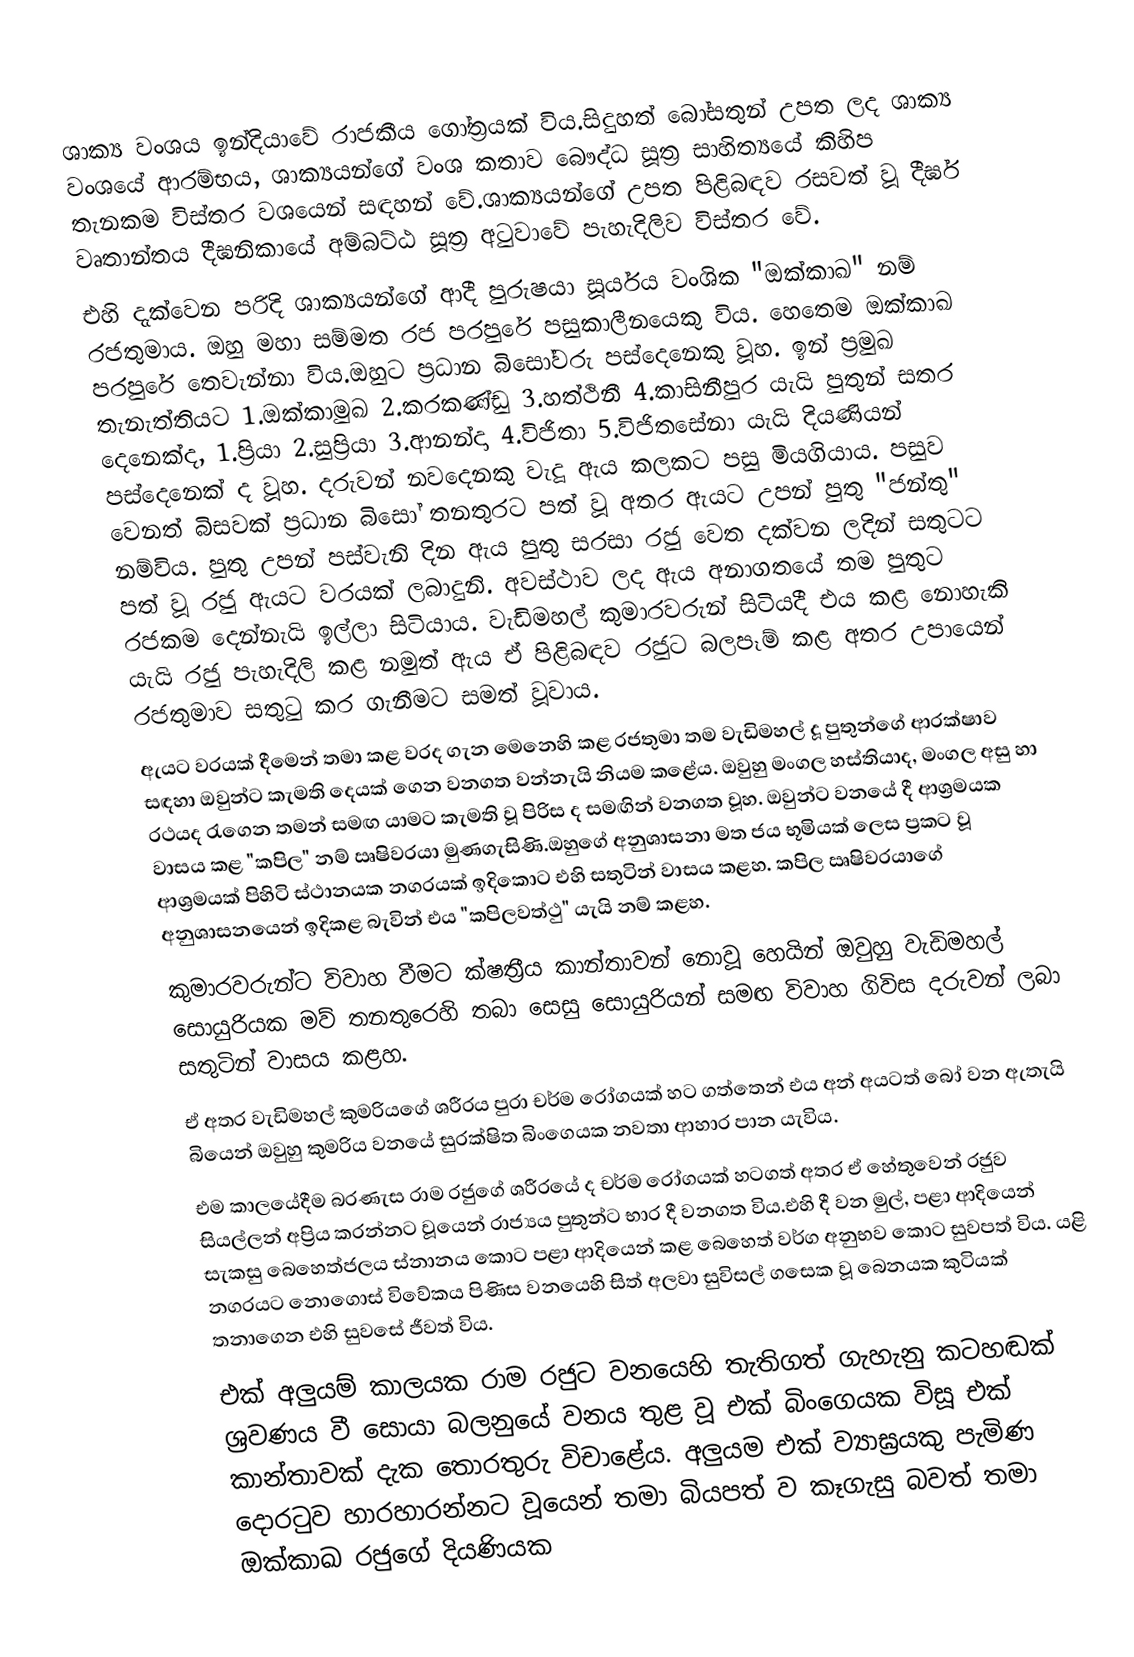
ශාක්‍ය වංශය ඉන්දියාවේ රාජකීය ගෝත්‍රයක් විය.සිදුහත් බෝසතුන් උපත ලද ශාක්‍ය වංශයේ ආරම්භය, ශාක්‍යයන්ගේ වංශ කතාව බෞද්ධ සූත්‍ර සාහිත්‍යයේ කිහිප තැනකම විස්‍තර වශයෙන් සඳහන් වේ.ශාක්‍යයන්ගේ උපත පිළිබඳව රසවත් වූ දීර්ඝ වෘතාන්තය දීඝනිකායේ අම්බට්ඨ සූත්‍ර අටුවාවේ පැහැදිලිව විස්තර වේ.
එහි දැක්වෙන පරිදි ශාක්‍යයන්ගේ ආදී පුරුෂයා සූර්යය වංශික "ඔක්කාඛ" නම් රජතුමාය. ඔහු මහා සම්මත රජ පරපුරේ පසුකාලීනයෙකු විය. හෙතෙම ඔක්කාඛ පරපුරේ තෙවැන්නා විය.ඔහුට ප්‍රධාන බිසෝවරු පස්දෙනෙකු වූහ. ඉන් ප්‍රමුඛ තැනැත්තියට 1.ඔක්කාමුඛ 2.කරකණ්ඩු 3.හත්ථිනී 4.කාසිනීපුර යැයි පුතුන් සතර දෙනෙක්ද, 1.ප්‍රියා 2.සුප්‍රියා 3.ආනන්දා 4.විජිතා 5.විජිතසේනා යැයි දියණියන් පස්දෙනෙක් ද වූහ. දරුවන් නවදෙනකු වැදූ ඇය කලකට පසු මියගියාය. පසුව වෙනත් බිසවක් ප්‍රධාන බිසෝ තනතුරට පත් වූ අතර ඇයට උපන් පුතු "ජන්තු" නම්විය. පුතු උපන් පස්වැනි දින ඇය පුතු සරසා රජු වෙත දක්වන ලදින් සතුටට පත් වූ රජු ඇයට වරයක් ලබාදුනි. අවස්ථාව ලද ඇය අනාගතයේ තම පුතුට රජකම දෙන්නැයි ඉල්ලා සිටියාය. වැඩිමහල් කුමාරවරුන් සිටියදී එය කළ නොහැකි යැයි රජු පැහැදිලි කළ නමුත් ඇය ඒ පිළිබඳව රජුට බලපෑම් කළ අතර උපායෙන් රජතුමාව සතුටු කර ගැනීමට සමත් වූවාය.
ඇයට වරයක් දීමෙන් තමා කළ වරද ගැන මෙනෙහි කළ රජතුමා තම වැඩිමහල් දූ පුතුන්ගේ ආරක්ෂාව සඳහා ඔවුන්ට කැමති දෙයක් ගෙන වනගත වන්නැයි නියම කළේය. ඔවුහු මංගල හස්තියාද, මංගල අසු හා රථයද රැගෙන තමන් සමඟ යාමට කැමති වූ පිරිස ද සමඟින් වනගත වූහ. ඔවුන්ට වනයේ දී ආශ්‍රමයක වාසය කළ "කපිල" නම් ඍෂිවරයා මුණගැසිණි.ඔහුගේ අනුශාසනා මත ජය භූමියක් ලෙස ප්‍රකට වූ ආශ්‍රමයක් පිහිටි ස්ථානයක නගරයක් ඉදිකොට එහි සතුටින් වාසය කළහ. කපිල ඍෂිවරයාගේ අනුශාසනයෙන් ඉදිකළ බැවින් එය "කපිලවත්ථු" යැයි නම් කළහ.
කුමාරවරුන්ට විවාහ වීමට ක්ෂත්‍රීය කාන්තාවන් නොවූ හෙයින් ඔවුහු වැඩිමහල් සොයුරියක මව් තනතුරෙහි තබා සෙසු සොයුරියන් සමඟ විවාහ ගිවිස දරුවන් ලබා සතුටින් වාසය කළහ.
ඒ අතර වැඩිමහල් කුමරියගේ ශරීරය පුරා චර්ම රෝගයක් හට ගත්තෙන් එය අන් අයටත් බෝ වන ඇතැයි බියෙන් ඔවුහු කුමරිය වනයේ සුරක්ෂිත බිංගෙයක නවතා ආහාර පාන යැවිය.
එම කාලයේදීම බරණැස රාම රජුගේ ශරීරයේ ද චර්ම රෝගයක් හටගත් අතර ඒ හේතුවෙන් රජුව සියල්ලන් අප්‍රිය කරන්නට වූයෙන් රාජ්‍යය පුතුන්ට භාර දී වනගත විය.එහි දී වන මුල්, පළා ආදියෙන් සැකසු බෙහෙත්ජලය ස්නානය කොට පළා ආදියෙන් කළ බෙහෙත් වර්ග අනුභව කොට සුවපත් විය. යළි නගරයට නොගොස් විවේකය පිණිස වනයෙහි සිත් අලවා සුවිසල් ගසෙක වූ බෙනයක කුටියක් තනාගෙන එහි සුවසේ ජීවත් විය.
එක් අලුයම් කාලයක රාම රජුට වනයෙහි තැතිගත් ගැහැනු කටහඬක් ශ්‍රවණය වී සොයා බලනුයේ වනය තුළ වූ එක් බිංගෙයක විසූ එක් කාන්තාවක් දැක තොරතුරු විචාළේය. අලුයම එක් ව්‍යාඝ්‍රයකු පැමිණ දොරටුව හාරහාරන්නට වූයෙන් තමා බියපත් ව කෑගැසු බවත් තමා ඔක්කාඛ රජුගේ දියණියක